Scottish Leaving Certificate Examination, 1954
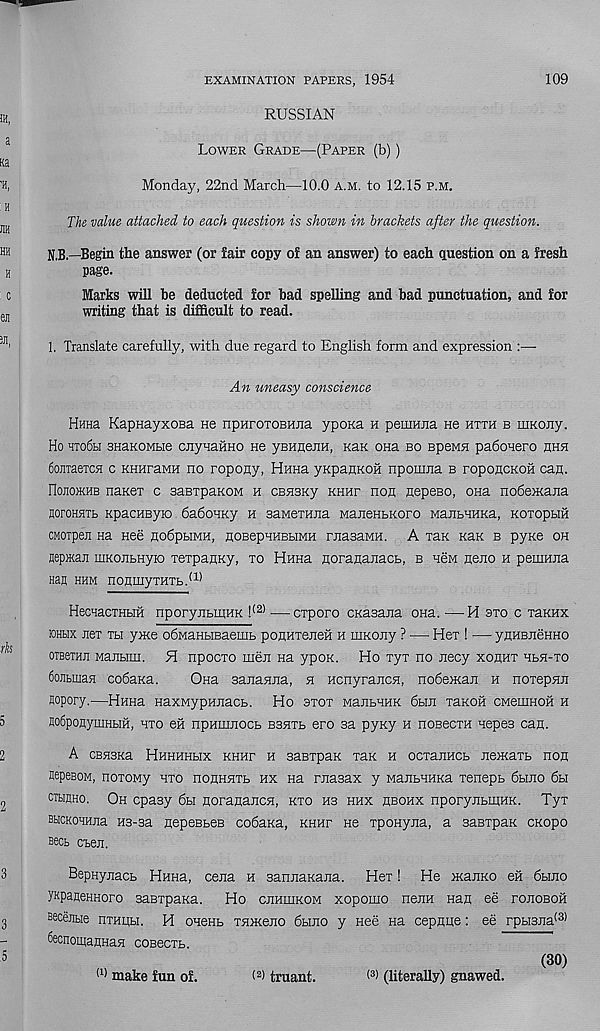
EXAMINATION PAPERS, 1954
109
RUSSIAN
Lower Grade—(Paper (b))
Monday, 22nd March—10.0 a.m. to 12.15 p.m.
The value attached to each question is shown in brackets after the question.
N.B.—Begin the answer (or fair copy of an answer) to each question on a fresh
page.
Marks will he deducted for had spelhng and had punctuation, and for
writing that is difficult to read.
1, Translate carefully, with due regard to English form and expression :—
An uneasy conscience
Hnna KapnayxoBa ne npHroTOBHJia ypoxa h pemnna He htth b mKony.
Ho hto6h sHaKOMtie cjiyuaHHO He ysHneiiH, Kan ona bo BpeMH padouero hhh
toniaercH c KHHraMH no ropony, Buna yKpaHKOH npomna b roponcKOH can.
IIojiohhb naneT c BasrpaKOM h csnsKy khhp non nepeso, ona nodemajia
aoroHSHb KpacHByio dadoiKy h saweTHna ManeHBKoro ManbHHKa, KoxopHH
CMOipen Ha Hee nodpHMH, HOBepnHBBiMH rnasaMH. A tslk Kan b pyxe oh
aepman niKoiibHyio TerpanKy, to Hnna norananacb, b new neno h pemHiia
nan hhm nonmyTHTb. (1)
HecnacTHbiH nporynbiKHK ! (2> —cxporo cKasana ona. —H oto c raKHX
KJHbix nex Tbi yme odMaHHBaemb ponHTeneH h niKony ? — Hex ! — ynHBJieHHO
OTBeiHir MaiibiHi. B npocxo men Ha ypon. Ho xyx no necy xonHT HbH-xo
6ojibmaH codaKa.
Ona sananna, h Hcnyrancn, nodeman h noxepHn
Bopory.—Hnna HaxMypnnacb. Ho axox MantHHK dbin xaKOH CMemnoH h
nogponyniHbiH, hto en npnmnocb bbhtb ero sa pyny h noBecxH nepes can.
A CBHSKa Hhhhhhx khhp h saBxpaK xan h ocxanHCb nemaTb non
aepeBOM, noxoMy hto nonHHTb hx Ha rnasax y ManbHHKa xenepb dbino dbi
CTbinno. Oh cpasy dbi noranancn, kto hb hhx hbohx nporynbiRKK. Tyx
BHCKOHHna H3-sa nepeBbeB codaKa, khhf He xpoHyna, a saBxpaK CKopo
Bees cben.
BepHynacb Hnna, cena h sannaKana. Hex! He manno eii dbino
yupaneKHoro saBxpaKa. Ho cnnmKOM xopomo nenH Han ee ronoBoii
Becentie nxHiibi. H oneab xsiiKeno dbino y nee na cepnue: ee rpbi3na (3)
6ecnoinanHasi coBecxb.
(1) make fun of.
< 2 > truant.
< 3 ) (literally) gnawed.
(30)